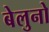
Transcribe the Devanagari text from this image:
बेलुनो